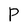
Character: P